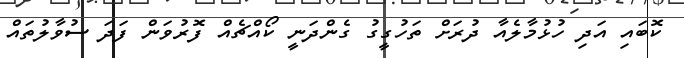
ކޮބައި އަދި ހުޅުމާލެއާ ދުރަށް ތަހުގީގު ގެންދަނީ ކޯއްޗެއް ފޮރުވަން ފަދަ ސުވާލުތައް